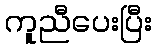
ကူညီပေးပြီး